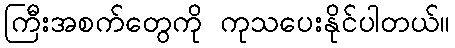
ကြီးအစက်တွေကို ကုသပေးနိုင်ပါတယ်။